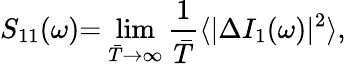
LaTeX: {S_{11}(\omega)}{=}\ {\operatorname*{lim}_{\bar{T}\to\infty}\frac{1}{\bar{T}}\langle|\Delta I_{1}(\omega)|^{2}\rangle},